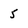
Character: 5